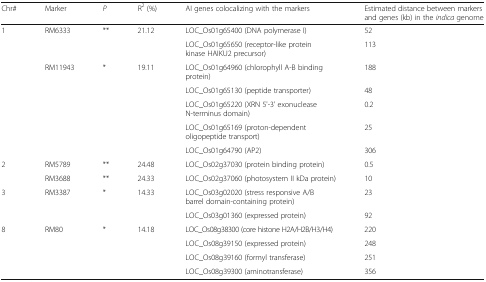
<table><thead><tr><td><b>Chr#</b></td><td><b>Marker</b></td><td><b><i>P</i></b></td><td><b>R<sup>2</sup> (%)</b></td><td><b>AI genes colocalizing with the markers</b></td><td><b>Estimated distance between markers and genes (kb) in the <i>indica</i> genome</b></td></tr></thead><tbody><tr><td rowspan="7">1</td><td rowspan="2">RM6333</td><td rowspan="2">**</td><td rowspan="2">21.12</td><td>LOC_Os01g65400 (DNA polymerase I)</td><td>52</td></tr><tr><td>LOC_Os01g65650 (receptor-like protein kinase HAIKU2 precursor)</td><td>113</td></tr><tr><td rowspan="5">RM11943</td><td rowspan="5">*</td><td rowspan="5">19.11</td><td>LOC_Os01g64960 (chlorophyll A-B binding protein)</td><td>188</td></tr><tr><td>LOC_Os01g65130 (peptide transporter)</td><td>48</td></tr><tr><td>LOC_Os01g65220 (XRN 5&#x27;-3&#x27; exonuclease N-terminus domain)</td><td>0.2</td></tr><tr><td>LOC_Os01g65169 (proton-dependent oligopeptide transport)</td><td>25</td></tr><tr><td>LOC_Os01g64790 (AP2)</td><td>306</td></tr><tr><td rowspan="2">2</td><td>RM5789</td><td>**</td><td>24.48</td><td>LOC_Os02g37030 (protein binding protein)</td><td>0.5</td></tr><tr><td>RM3688</td><td>**</td><td>24.33</td><td>LOC_Os02g37060 (photosystem II kDa protein)</td><td>10</td></tr><tr><td rowspan="2">3</td><td rowspan="2">RM3387</td><td rowspan="2">*</td><td rowspan="2">14.33</td><td>LOC_Os03g02020 (stress responsive A/B barrel domain-containing protein)</td><td>23</td></tr><tr><td>LOC_Os03g01360 (expressed protein)</td><td>92</td></tr><tr><td rowspan="4">8</td><td rowspan="4">RM80</td><td rowspan="4">*</td><td rowspan="4">14.18</td><td>LOC_Os08g38300 (core histone H2A/H2B/H3/H4)</td><td>220</td></tr><tr><td>LOC_Os08g39150 (expressed protein)</td><td>248</td></tr><tr><td>LOC_Os08g39160 (formyl transferase)</td><td>251</td></tr><tr><td>LOC_Os08g39300 (aminotransferase)</td><td>356</td></tr></tbody></table>